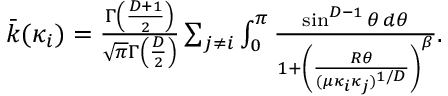
\begin{array} { r } { \bar { k } ( \kappa _ { i } ) = \frac { \Gamma \left( \frac { D + 1 } { 2 } \right) } { \sqrt { \pi } \Gamma \left( \frac { D } { 2 } \right) } \sum _ { j \neq i } \int _ { 0 } ^ { \pi } \frac { \sin ^ { D - 1 } \theta \, d \theta } { 1 + \left( \frac { R \theta } { ( \mu \kappa _ { i } \kappa _ { j } ) ^ { 1 / D } } \right) ^ { \beta } } . } \end{array}